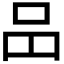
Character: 𠯮